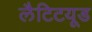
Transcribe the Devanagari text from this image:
लैटिटयूड